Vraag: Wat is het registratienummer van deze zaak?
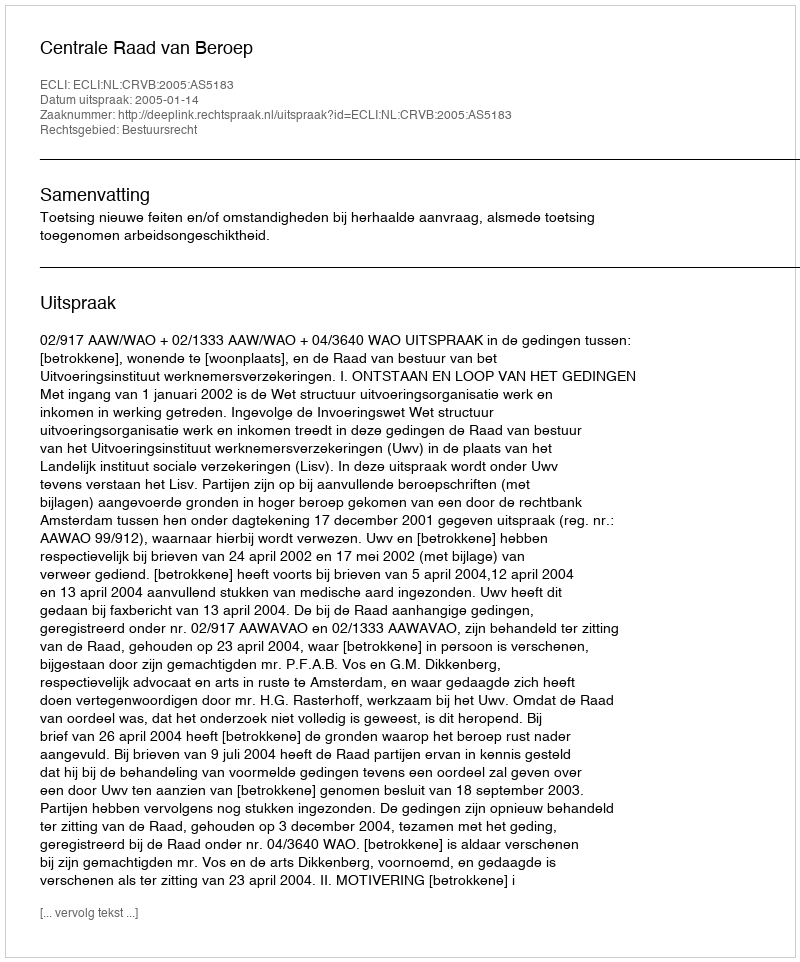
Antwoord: http://deeplink.rechtspraak.nl/uitspraak?id=ECLI:NL:CRVB:2005:AS5183